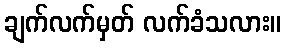
ချက်လက်မှတ် လက်ခံသလား။